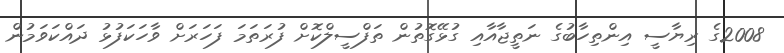
2008ގެ ރިޔާސީ އިންތިހާބުގެ ނަތީޖާއާއި ގުޅޭގޮތުން ތަފްސީލްކޮށް ފުރަތަމަ ފަހަރަށް ވާހަކަފުޅު ދައްކަވަމުން